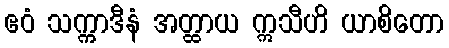
ဧဝံ သက္ကာဒီနံ အတ္ထာယ ဣသီဟိ ယာစိတော